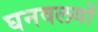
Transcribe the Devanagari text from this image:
घनवलयों